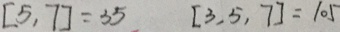
[ 5 , 7 ] = 3 5 [ 3 , 5 , 7 ] = 1 0 5